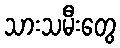
သားသမီးတွေ